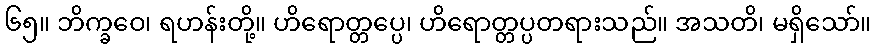
၆၅။ ဘိက္ခဝေ၊ ရဟန်းတို့။ ဟိရောတ္တပ္ပေ၊ ဟိရောတ္တပ္ပတရားသည်။ အသတိ၊ မရှိသော်။